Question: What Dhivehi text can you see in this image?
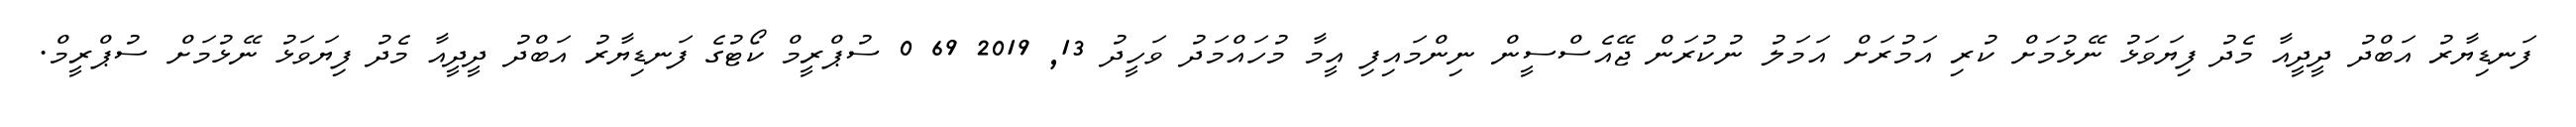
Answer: ފަނޑިޔާރު އަބްދު ދީދީއާ މެދު ފިޔަވަޅު ނޭޅުމަށް ކުރި އަމުރަށް އަމަލު ނުކުރަން ޖޭއެސްސީން ނިންމައިފި އީމާ މުހައްމަދު ވަހީދު 13, 2019 69 0 ސުޕްރީމް ކޯޓުގެ ފަނޑިޔާރު އަބްދު ދީދީއާ މެދު ފިޔަވަޅު ނޭޅުމަށް ސުޕްރީމް.